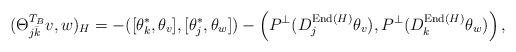
LaTeX: \begin{align*}(\Theta_{j\bar k}^{T_B} v, w)_H= -([\theta_k^*, \theta_v], [\theta_j^*, \theta_w])- \left( P^{\bot} (D^{{\rm End}(H)}_j \theta_v), P^{\bot} (D^{{\rm End}(H)}_k \theta_w) \right),\end{align*}